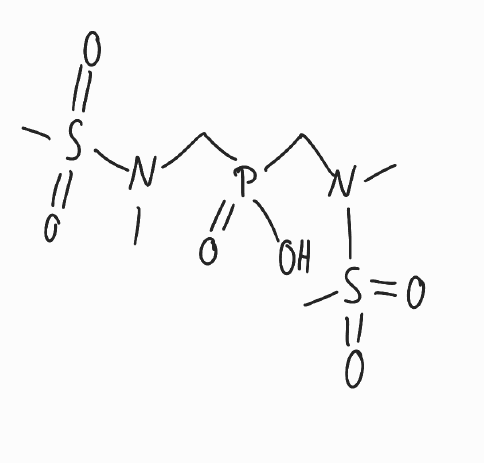
Simplified molecular-input line-entry system (SMILES) notation of the given molecule:
CN(CP(=O)(CN(C)S(=O)(=O)C)O)S(=O)(=O)C